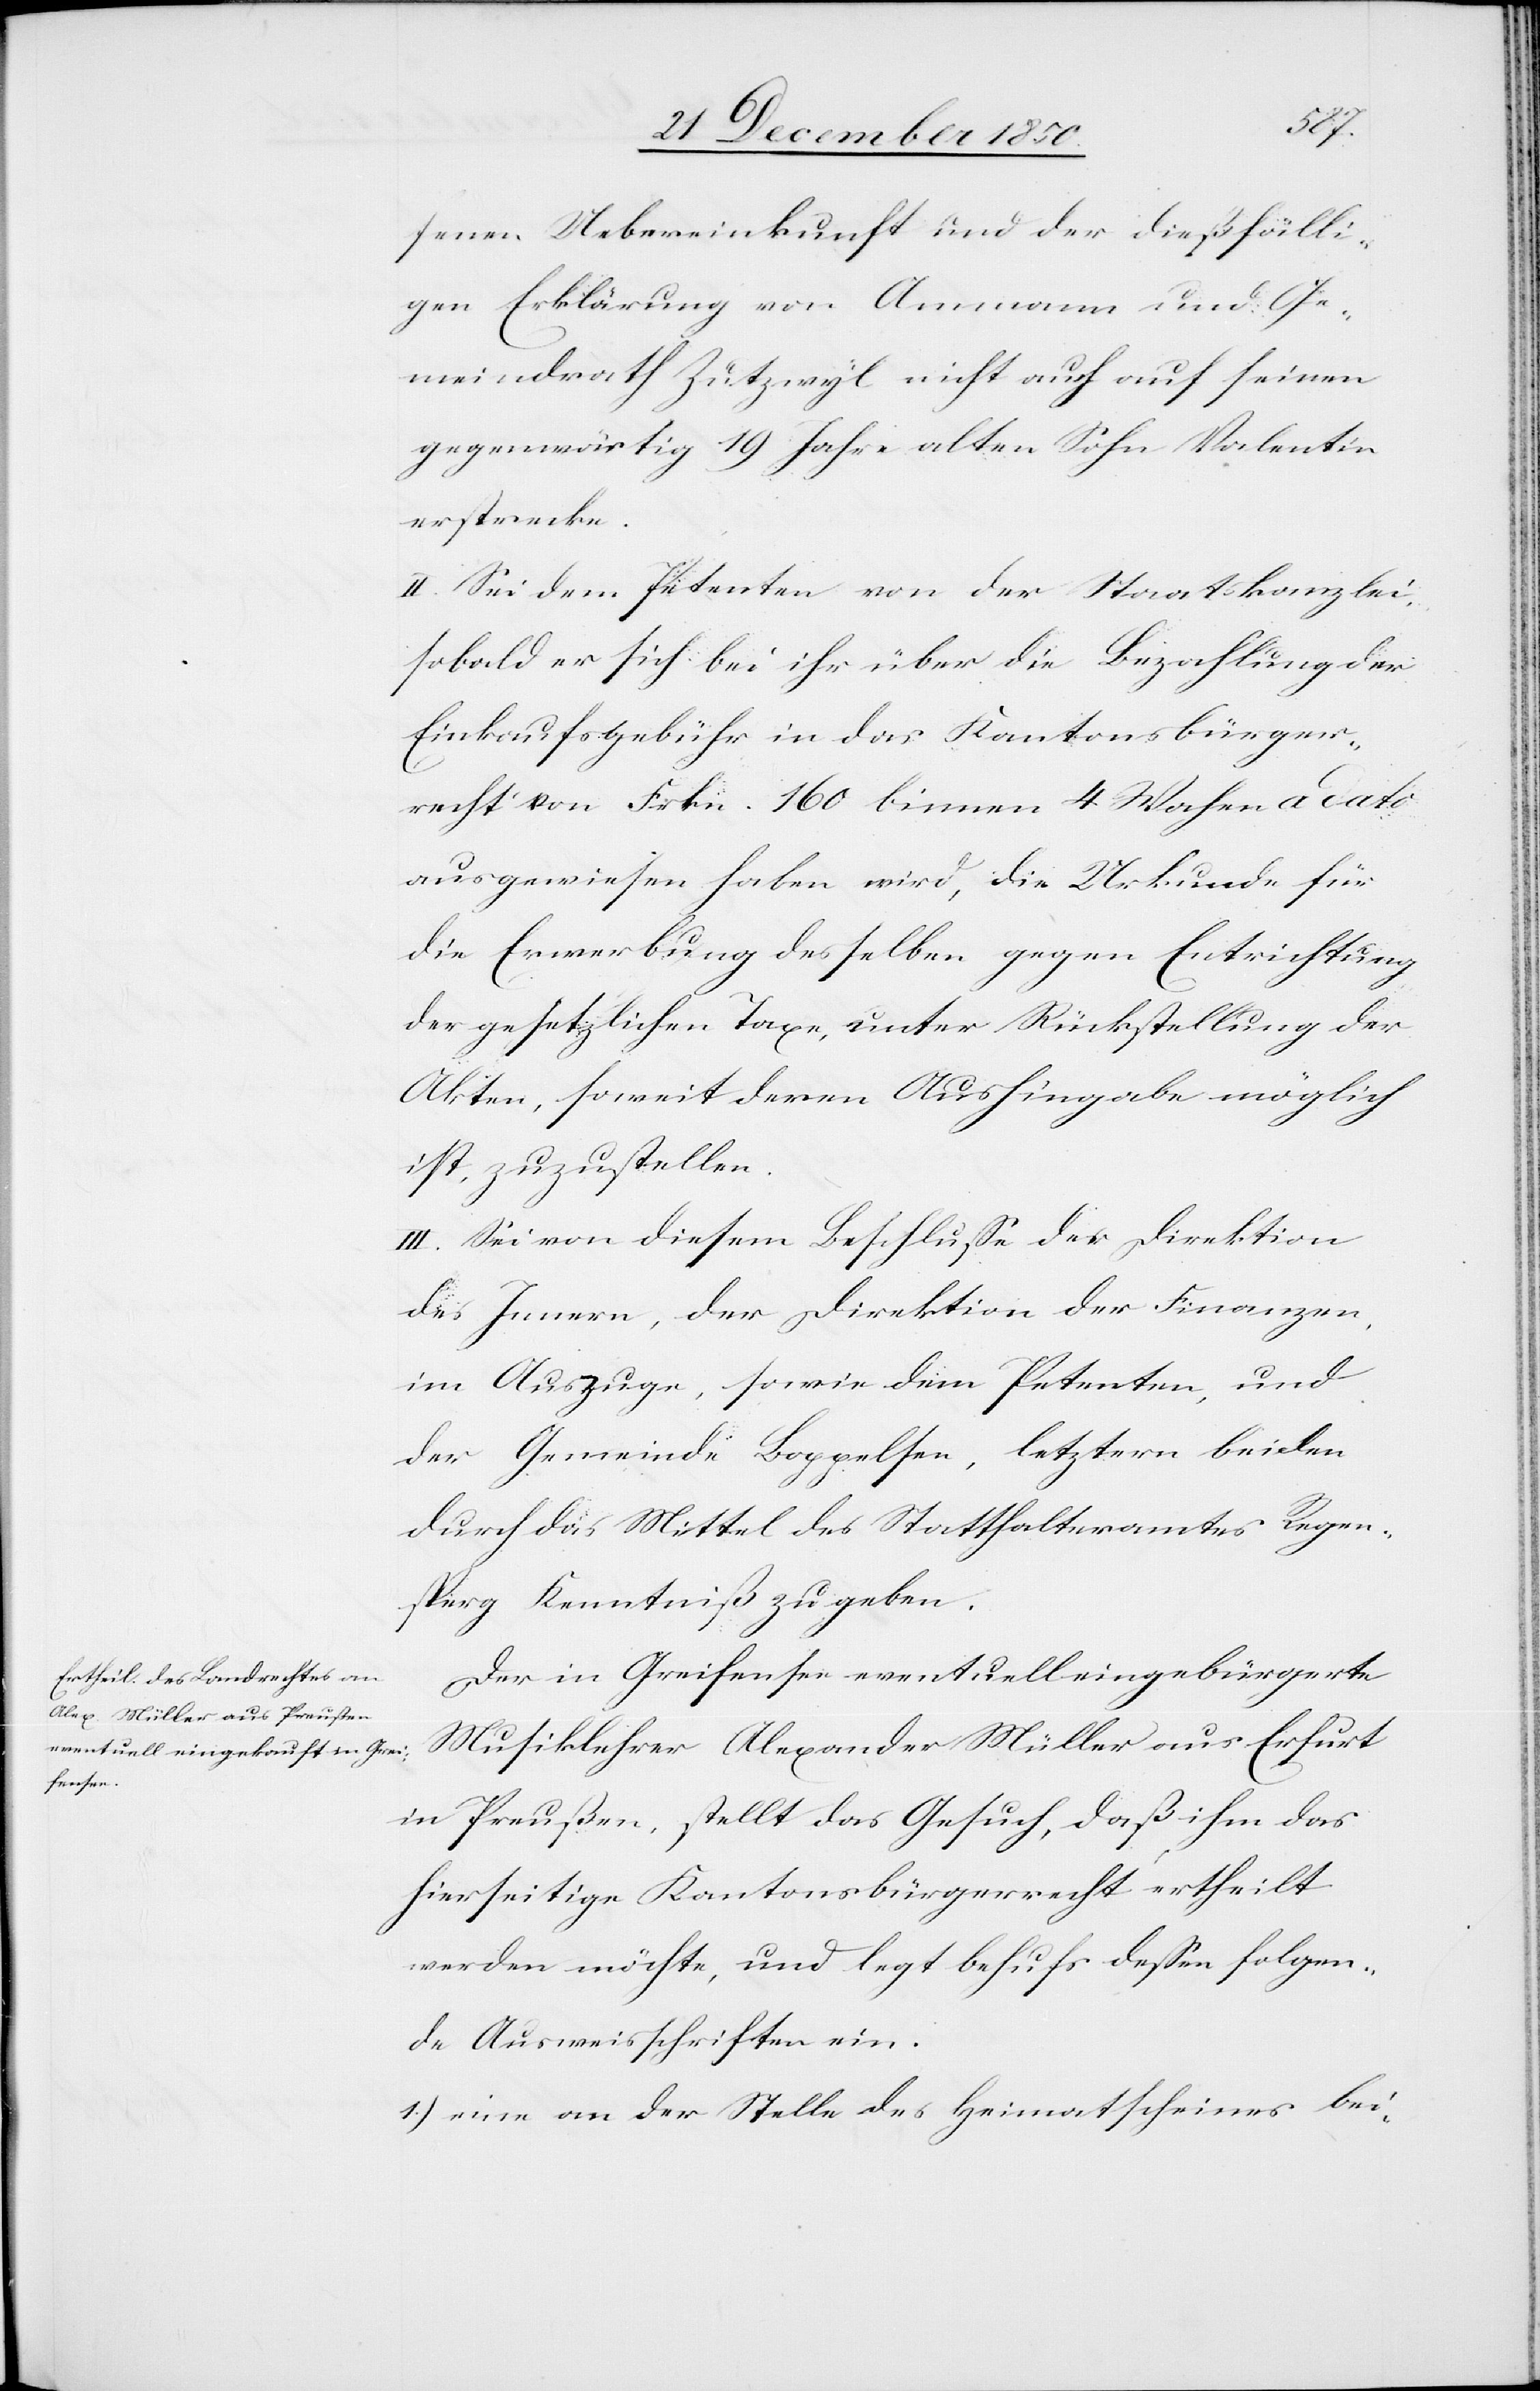
fenen Uebereinkunft und der dießfälli¬
gen Erklärung von Ammann und Ge¬
meindrath Zutzwyl nicht auch auf seinen
gegenwärtig 19 Jahre alten Sohn Valentin
erstrecke.
II. Sei dem Petenten von der Staatskanzlei,
sobald er sich bei ihr über die Bezahlung der
Einkaufsgebühr in das Kantonsbürger¬
recht von Frkn. 160 binnen 4 Wochen a dato
ausgewiesen haben wird, die Urkunde für
die Erwerbung desselben gegen Entrichtung
der gesetzlichen Taxe, unter Rückstellung der
Akten, soweit deren Aushingabe möglich
ist, zuzustellen.
III. Sei von diesem Beschlusse der Direktion
des Innern, der Direktion der Finanzen,
im Auszuge, sowie dem Petenten, und
der Gemeinde Boppelsen, letztern beiden
durch das Mittel des Statthalteramtes Regen¬
sperg Kenntniß zu geben.
Der in Greifensee eventuell eingebürgerte
Musiklehrer Alexander Müller aus Erfurt
in Preußen, stellt das Gesuch, daß ihm das
hierseitige Kantonsbürgerrecht ertheilt
werden möchte, und legt behufs dessen folgen¬
de Ausweisschriften ein.
1.) eine an der Stelle des Heimatscheines bei-